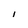
Character: l